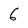
Character: 6